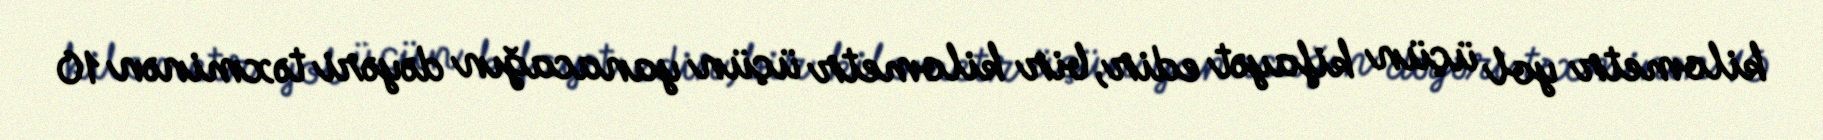
kilometr yol üçün kifayət edir, bir kilometr üçün yanacağın dəyəri təxminən 10